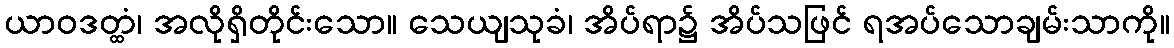
ယာဝဒတ္ထံ၊ အလိုရှိတိုင်းသော။ သေယျသုခံ၊ အိပ်ရာ၌ အိပ်သဖြင် ရအပ်သောချမ်းသာကို။